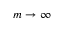
m \to \infty